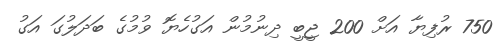
750 ރުފިޔާ އަށް 200 ޖީބީ ދިނުމުން އަގުހެޔޮ ވުމުގެ ބަދަލުގަ އަގު